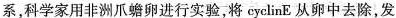
系，科学家用非洲爪蟾卵进行实验，将cyclinE 从卵中去除，发